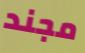
مجند